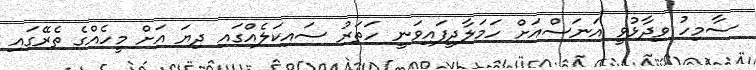
ސާމިހު ވިދާޅުވީ އަނަސްއަށް ހަމަލާދީފައިވަނީ ހަތަރު ސައިކަލެއްގައި ދިޔަ އަށް މީހެއްގެ ތެރޭގައި